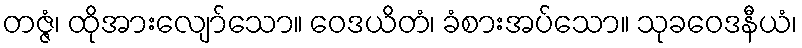
တဇ္ဇံ၊ ထိုအားလျော်သော။ ဝေဒယိတံ၊ ခံစားအပ်သော။ သုခဝေဒနီယံ၊